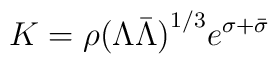
K= \rho {(\Lambda\bar{\Lambda})}^{1/3} e^{\sigma+\bar{\sigma}}